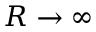
R \to \infty